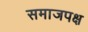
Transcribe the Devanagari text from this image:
समाजपक्ष